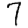
Digit: 7